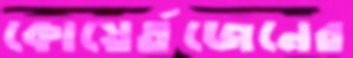
কোয়ের্তজেনের